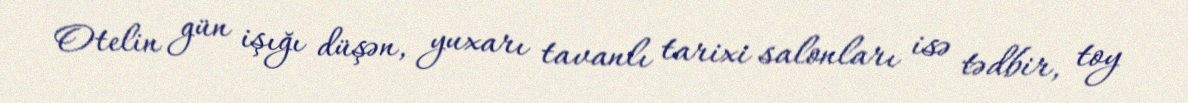
Otelin gün işığı düşən, yuxarı tavanlı tarixi salonları isə tədbir, toy